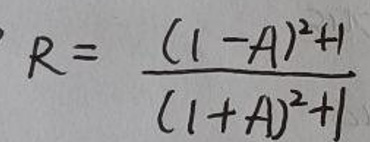
\[
R = \frac{(1 - A)^2 + 1}{(1 + A)^2 + 1}
\]